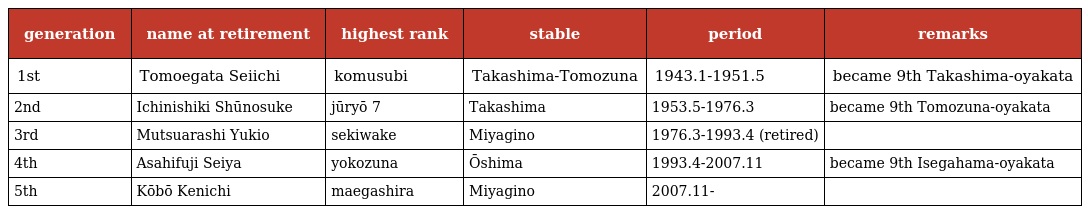
| generation | name at retirement | highest rank | stable | period | remarks |
 | --- | --- | --- | --- | --- | --- |
 | 1st | Tomoegata Seiichi | komusubi | Takashima-Tomozuna | 1943.1-1951.5 | became 9th Takashima-oyakata |
 | 2nd | Ichinishiki Shūnosuke | jūryō 7 | Takashima | 1953.5-1976.3 | became 9th Tomozuna-oyakata |
 | 3rd | Mutsuarashi Yukio | sekiwake | Miyagino | 1976.3-1993.4 (retired) |  |
 | 4th | Asahifuji Seiya | yokozuna | Ōshima | 1993.4-2007.11 | became 9th Isegahama-oyakata |
 | 5th | Kōbō Kenichi | maegashira | Miyagino | 2007.11- |  |